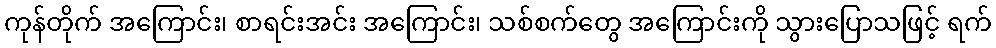
ကုန်တိုက် အကြောင်း၊ စာရင်းအင်း အကြောင်း၊ သစ်စက်တွေ အကြောင်းကို သွားပြောသဖြင့် ရက်